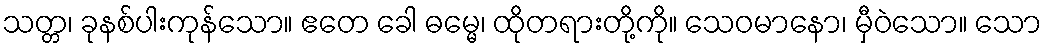
သတ္တ၊ ခုနစ်ပါးကုန်သော။ ဧတေ ခေါ ဓမ္မေ၊ ထိုတရားတို့ကို။ သေဝမာနော၊ မှီဝဲသော။ သော